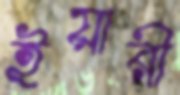
ইয়ারী